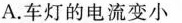
A.车灯的电流变小